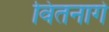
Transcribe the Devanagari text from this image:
वितनागे